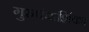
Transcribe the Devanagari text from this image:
गुरुपंचाशिंका